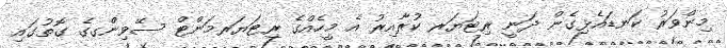
މިންވަރު ކަނޑައެޅިގެން ދަނީ ރިޓަޔަރ ކުރާއިރު އެ މީހެއްގެ ރިޓަޔަރމަންޓް ސޭވިންގގެ ގޮތުގައި